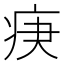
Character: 𤵨